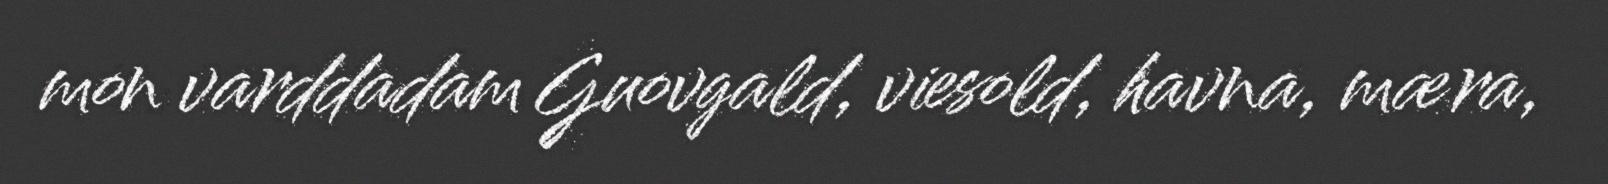
mon varddadam Guovgald, viesold, havna, mæra,